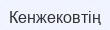
Кенжековтің